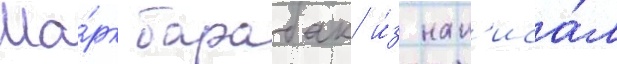
Ма́рк барабак и́з нап'иса́л